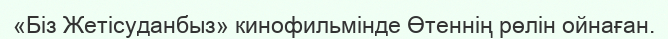
«Біз Жетісуданбыз» кинофильмінде Өтеннің рөлін ойнаған.